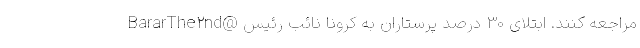
BararThe۲nd@ مراجعه کنند. ابتلای 30 درصد پرستاران به کرونا نائب رئیس